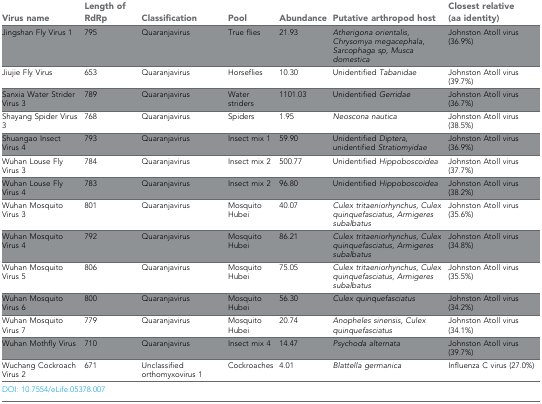
<table><thead><tr><td><b>Virus name</b></td><td><b>Length of RdRp</b></td><td><b>Classification</b></td><td><b>Pool</b></td><td><b>Abundance</b></td><td><b>Putative arthropod host</b></td><td><b>Closest relative (aa identity)</b></td></tr></thead><tbody><tr><td>Jingshan Fly Virus 1</td><td>795</td><td>Quaranjavirus</td><td>True flies</td><td>21.93</td><td><i>Atherigona orientalis, Chrysomyamegacephala, Sarcophaga sp, Musca domestica</i></td><td>Johnston Atoll virus (36.9%)</td></tr><tr><td>Jiujie Fly Virus</td><td>653</td><td>Quaranjavirus</td><td>Horseflies</td><td>10.30</td><td>Unidentified <i>Tabanidae</i></td><td>Johnston Atoll virus (39.7%)</td></tr><tr><td>Sanxia Water Strider Virus 3</td><td>789</td><td>Quaranjavirus</td><td>Water striders</td><td>1101.03</td><td>Unidentified<i>Gerridae</i></td><td>Johnston Atoll virus (36.7%)</td></tr><tr><td>Shayang Spider Virus 3</td><td>768</td><td>Quaranjavirus</td><td>Spiders</td><td>1.95</td><td><i>Neoscona nautica</i></td><td>Johnston Atoll virus (38.5%)</td></tr><tr><td>Shuangao Insect Virus 4</td><td>793</td><td>Quaranjavirus</td><td>Insect mix 1</td><td>59.90</td><td>Unidentified <i>Diptera,</i>unidentified <i>Stratiomyidae</i></td><td>Johnston Atoll virus (36.9%)</td></tr><tr><td>Wuhan Louse Fly Virus 3</td><td>784</td><td>Quaranjavirus</td><td>Insect mix 2</td><td>500.77</td><td>Unidentified <i>Hippoboscoidea</i></td><td>Johnston Atoll virus (37.7%)</td></tr><tr><td>Wuhan Louse Fly Virus 4</td><td>783</td><td>Quaranjavirus</td><td>Insect mix 2</td><td>96.80</td><td>Unidentified<i>Hippoboscoidea</i></td><td>Johnston Atoll virus (38.2%)</td></tr><tr><td>Wuhan Mosquito Virus 3</td><td>801</td><td>Quaranjavirus</td><td>Mosquito Hubei</td><td>40.07</td><td><i>Culex tritaeniorhynchus, Culex quinquefasciatus, Armigeressubalbatus</i></td><td>Johnston Atoll virus (35.6%)</td></tr><tr><td>Wuhan Mosquito Virus 4</td><td>792</td><td>Quaranjavirus</td><td>Mosquito Hubei</td><td>86.21</td><td><i>Culex tritaeniorhynchus, Culexquinquefasciatus, Armigeres subalbatus</i></td><td>Johnston Atoll virus (34.8%)</td></tr><tr><td>Wuhan Mosquito Virus 5</td><td>806</td><td>Quaranjavirus</td><td>Mosquito Hubei</td><td>75.05</td><td><i>Culex tritaeniorhynchus, Culex quinquefasciatus, Armigeressubalbatus</i></td><td>Johnston Atoll virus (35.5%)</td></tr><tr><td>Wuhan Mosquito Virus 6</td><td>800</td><td>Quaranjavirus</td><td>Mosquito Hubei</td><td>56.30</td><td><i>Culexquinquefasciatus</i></td><td>Johnston Atoll virus (34.2%)</td></tr><tr><td>Wuhan Mosquito Virus 7</td><td>779</td><td>Quaranjavirus</td><td>Mosquito Hubei</td><td>20.74</td><td><i>Anopheles sinensis, Culex quinquefasciatus</i></td><td>Johnston Atoll virus (34.1%)</td></tr><tr><td>Wuhan Mothfly Virus</td><td>710</td><td>Quaranjavirus</td><td>Insect mix 4</td><td>14.47</td><td><i>Psychoda alternata</i></td><td>Johnston Atoll virus (39.7%)</td></tr><tr><td>Wuchang Cockroach Virus 2</td><td>671</td><td>Unclassified orthomyxovirus 1</td><td>Cockroaches</td><td>4.01</td><td><i>Blattella germanica</i></td><td>Influenza C virus (27.0%)</td></tr></tbody></table>